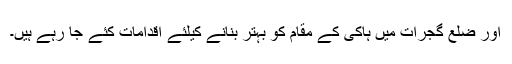
اور ضلع گجرات میں ہاکی کے مقام کو بہتر بنانے کیلئے اقدامات کئے جا رہے ہیں۔